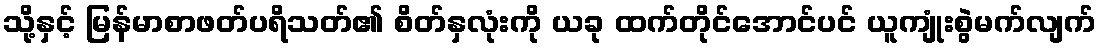
သို့နှင့် မြန်မာစာဖတ်ပရိသတ်၏ စိတ်နှလုံးကို ယခု ထက်တိုင်အောင်ပင် ယူကျုံးစွဲမက်လျက်